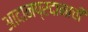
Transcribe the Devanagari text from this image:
आदानप्रदानाची